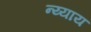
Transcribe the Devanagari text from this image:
न्य्याय